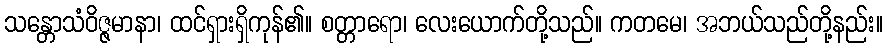
သန္တောသံဝိဇ္ဇမာနာ၊ ထင်ရှားရှိကုန်၏။ စတ္တာရော၊ လေးယောက်တို့သည်။ ကတမေ၊ အဘယ်သည်တို့နည်း။